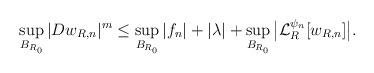
LaTeX: \begin{align*} \begin{aligned} \sup_{B_{R_0}} |Dw_{R,n}|^m &\leq \sup_{B_{R_0}}|f_n|+ |\lambda|+\sup_{B_{R_0}}\big|\mathcal{L}_R^{\psi_n}[w_{R,n}]\big|.\end{aligned}\end{align*}